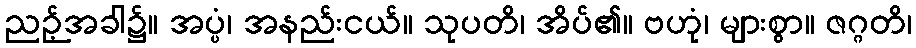
ညဉ့်အခါ၌။ အပ္ပံ၊ အနည်းငယ်။ သုပတိ၊ အိပ်၏။ ဗဟုံ၊ များစွာ။ ဇဂ္ဂတိ၊